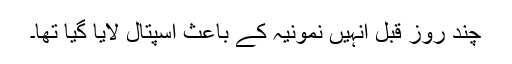
چند روز قبل انہیں نمونیہ کے باعث اسپتال لایا گیا تھا۔